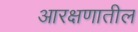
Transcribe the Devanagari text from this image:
आरक्षणातील